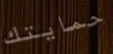
حمايتك